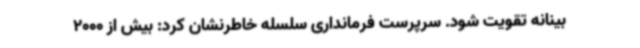
بینانه تقویت شود. سرپرست فرمانداری سلسله خاطرنشان کرد: بیش از 2000